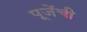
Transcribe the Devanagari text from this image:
पूजेंची